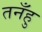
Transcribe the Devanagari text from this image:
तनँहु